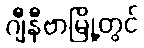
ဂျီနီဗာမြို့တွင်